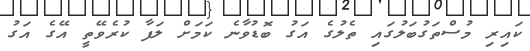
ކައިރި މުސްތަގުބަލުގައި ތެލުގެ އަގު ބޮޑުވާނެ ކަމަށް ލަފާ ކުރެވޭތީ އޭގެ އަގު